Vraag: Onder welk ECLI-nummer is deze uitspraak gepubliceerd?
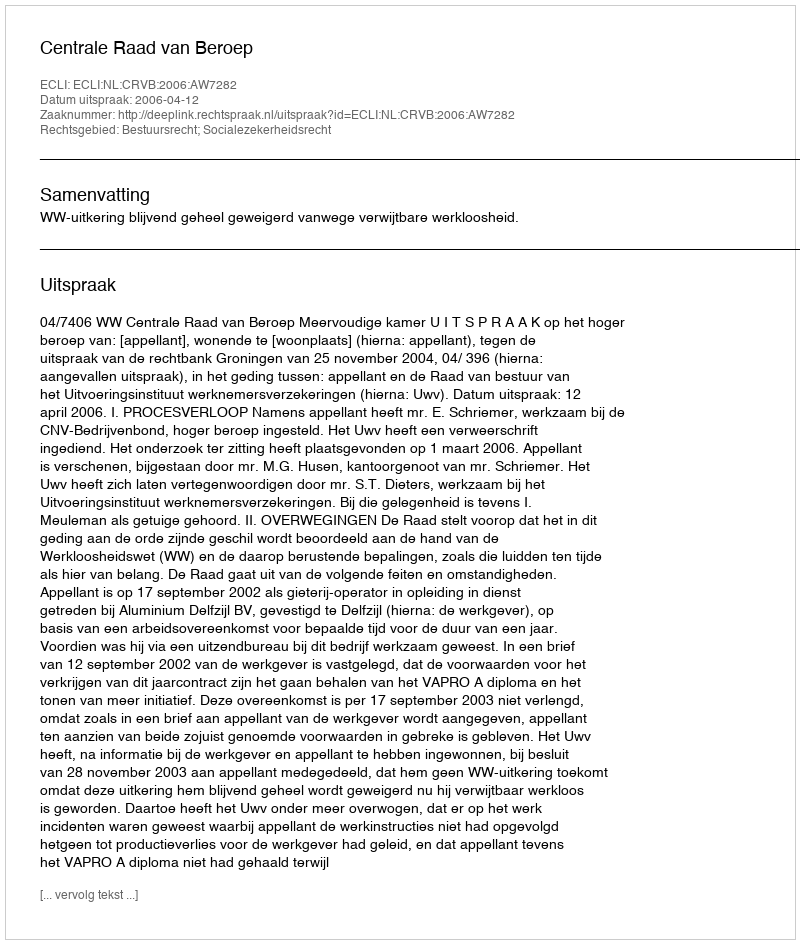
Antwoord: ECLI:NL:CRVB:2006:AW7282